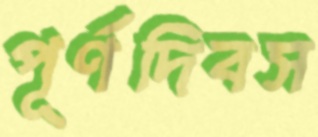
পূর্ণদিবস